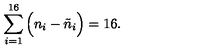
\sum _ { i = 1 } ^ { 1 6 } \Big ( n _ { i } - \tilde { n } _ { i } \Big ) = 1 6 .